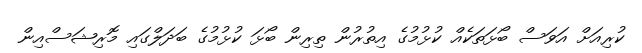
ކުރިއަށް އަވަސް ބޯޅަތަކެއް ކުޅުމުގެ އިތުރުން ތިރިން ބޯޅަ ކުޅުމުގެ ބަދަލްގައި މޮރިޝަސްއިން